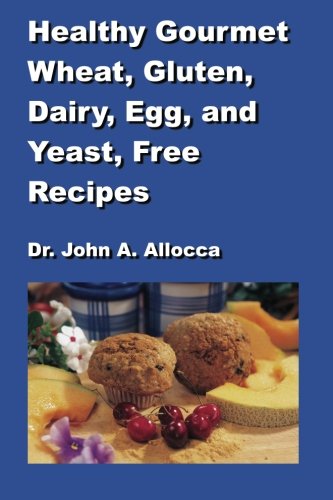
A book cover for Healthy Gourmet Wheat, Gluten, Dairy, Egg, and Yeast, Free Recipes; John A Allocca; Health, Fitness & Dieting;